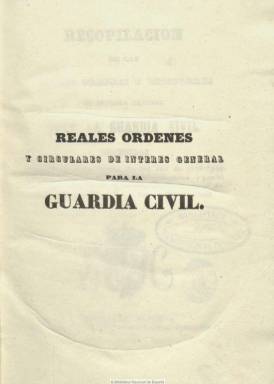
Título: Recopilación de reales órdenes y circulares de interés general para la Guardia Civil
Otros títulos: Reales órdenes y circulares de interés general para la Guardia Civil
Colección: Fuerzas del orden
Ámbito geográfico: Madrid
Lugar de publicación: Madrid
Fechas: 01/01/1846-31/12/1884

Anuario oficial que, como el mismo título expresa, colecciona la legislación y normativa referida a este cuerpo de seguridad del Estado. El primer tomo incluye la dictada desde el año 1844, año de su creación y primera organización por el duque de Ahumada, hasta fines de 1846. La publicación está dividida por partes, según su órgano emisor, que lo son los ministerios de la Guerra y de Gobernación y, posteriormente, también el de Fomento. La elaboración del anuario corresponde a las secretarías de los órganos superiores del cuerpo, como son la Inspección General o la propia Dirección General. Inserta, por tanto, la normativa referente a su estructura organizativa, sus reglamentos, su distribución territorial, así como a sus plantillas, vacantes, nombramientos, remuneraciones, etc. Al final de cada tomo elabora dos índices; el primero, cronológico y, el segundo, de voces o temático. La colección de la BNE alcanza hasta el tomo 39, correspondiente a 1884, que fueron estampados en diversas imprentas. Faltan en la misma los de los años 1848-1853. La paginación de cada uno es variada, superando las doscientas o quinientas y a veces hasta las setecientas páginas.